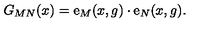
G _ { M N } ( x ) = \mathrm { \boldmath { e } } _ { M } ( x , g ) \cdot \mathrm { \boldmath { e } } _ { N } ( x , g ) .